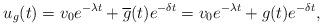
LaTeX: \begin{align*}u_{g}(t)=v_{0}e^{-\lambda t}+\overline{g}(t)e^{-\delta t}=v_{0}e^{-\lambda t}+g(t)e^{-\delta t},\end{align*}